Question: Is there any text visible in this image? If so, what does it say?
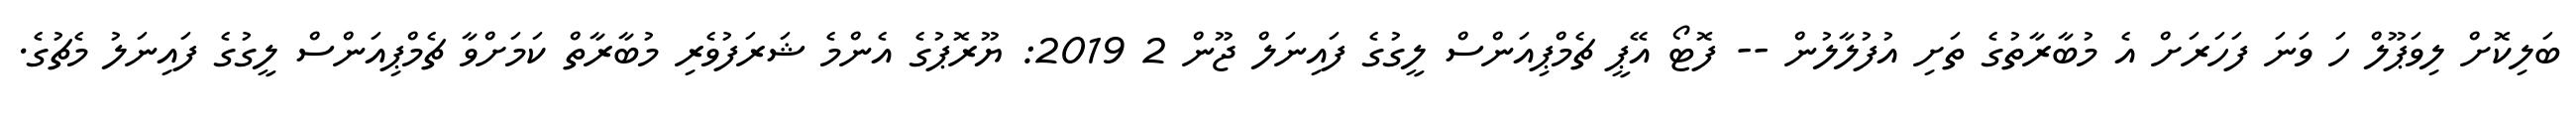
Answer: ބަލިކޮށް ލިވަޕޫލް ހަ ވަނަ ފަހަރަށް އެ މުބާރާތުގެ ތަށި އުފުލާލުން -- ފޮޓޯ އޭޕީ ޗެމްޕިއަންސް ލީގުގެ ފައިނަލް ޖޫން 2 2019: ޔޫރޮޕުގެ އެންމެ ޝަރަފުވެރި މުބާރާތް ކަމަށްވާ ޗެމްޕިއަންސް ލީގުގެ ފައިނަލު މެޗުގެ.